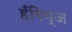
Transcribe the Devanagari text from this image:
हँगिग्ज